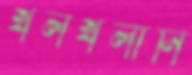
খলখলানি